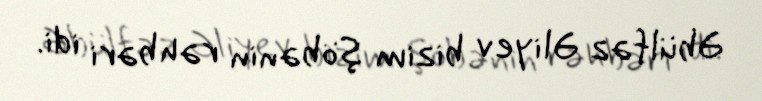
Əbülfəz Əliyev bizim şöbənin rəhbəri idi.